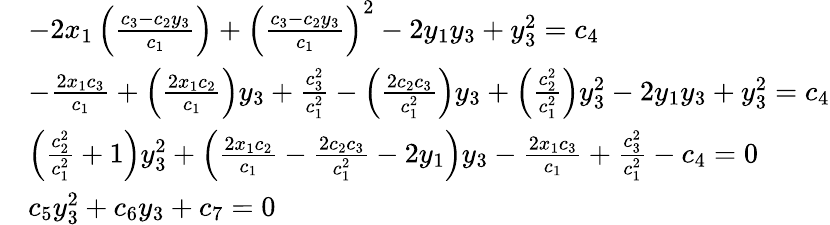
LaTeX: \begin{array}{rl}&{-2x_{1}\left(\frac{c_{3}-c_{2}y_{3}}{c_{1}}\right)+\left(\frac{c_{3}-c_{2}y_{3}}{c_{1}}\right)^{2}-2y_{1}y_{3}+y_{3}^{2}=c_{4}}\\ &{-\frac{2x_{1}c_{3}}{c_{1}}+\left(\frac{2x_{1}c_{2}}{c_{1}}\right)y_{3}+\frac{c_{3}^{2}}{c_{1}^{2}}-\left(\frac{2c_{2}c_{3}}{c_{1}^{2}}\right)y_{3}+\left(\frac{c_{2}^{2}}{c_{1}^{2}}\right)y_{3}^{2}-2y_{1}y_{3}+y_{3}^{2}=c_{4}}\\ &{\left(\frac{c_{2}^{2}}{c_{1}^{2}}+1\right)y_{3}^{2}+\left(\frac{2x_{1}c_{2}}{c_{1}}-\frac{2c_{2}c_{3}}{c_{1}^{2}}-2y_{1}\right)y_{3}-\frac{2x_{1}c_{3}}{c_{1}}+\frac{c_{3}^{2}}{c_{1}^{2}}-c_{4}=0}\\ &{c_{5}y_{3}^{2}+c_{6}y_{3}+c_{7}=0}\end{array}